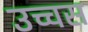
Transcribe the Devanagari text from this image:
उच्चस